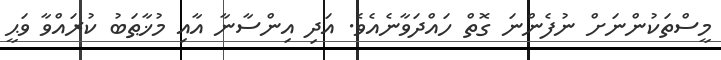
މީސްތަކުންނަށް ނުފެންނަ ގޮތް ހައްދަވާނެއެވެ. އަދި އިންސާނާ އާއި މުޚާޠަބު ކުރައްވާ ވަޙީ